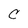
Character: C